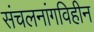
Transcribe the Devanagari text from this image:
संचलनांगविहीन